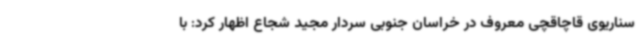
سناریوی قاچاقچی معروف در خراسان جنوبی سردار مجید شجاع اظهار کرد: با